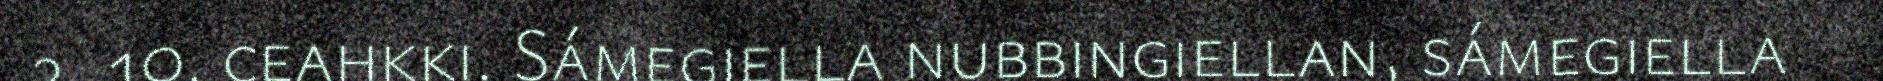
2, 10. ceahkki. Sámegiella nubbingiellan, sámegiella